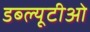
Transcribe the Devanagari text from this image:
डब्‍ल्यूटीओ